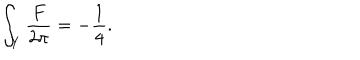
LaTeX: \int _ { Y } { \frac { F } { 2 \pi } } = - { \frac { 1 } { 4 } } .